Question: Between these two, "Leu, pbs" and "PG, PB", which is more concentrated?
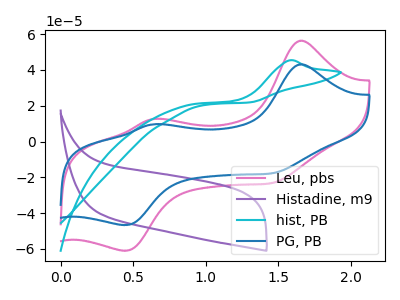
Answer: <think>The pink curve "Leu, pbs" has anodic peaks at (1.65V, 56.35uA) (0.65V, 12.60uA) and cathodic peaks at (1.45V, -23.00uA) (0.45V, -61.05uA). The purple curve "Histadine, m9" has no peaks. The cyan curve "hist, PB" has an anodic peak at: (1.60V, 45.35uA). The blue curve "PG, PB" has anodic peaks at (1.65V, 43.15uA) (0.65V, 9.65uA) and cathodic peaks at (1.45V, -17.60uA) (0.45V, -46.75uA).
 All the peaks in "Leu, pbs" have a peak in "PG, PB" at the same potential. Every peak in "Leu, pbs" is higher than every peak in "PG, PB".</think>
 <answer>"Leu, pbs" has more signal than "PG, PB" and so likely has a higher concentration.</answer>
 <eval>more_concentration</eval>